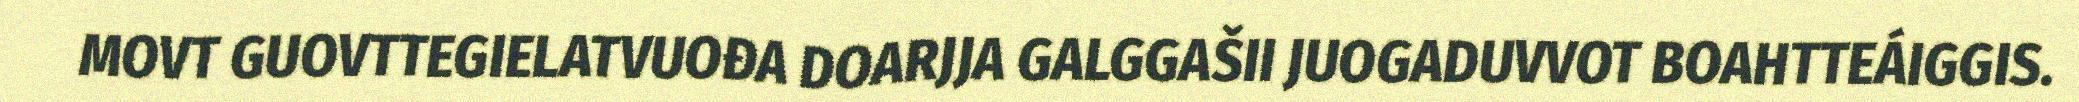
MOVT GUOVTTEGIELATVUOĐA DOARJJA GALGGAŠII JUOGADUVVOT BOAHTTEÁIGGIS.